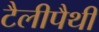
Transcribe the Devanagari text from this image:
टैलीपैथी